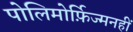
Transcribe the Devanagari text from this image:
पोलिमोर्फ़िज्मनहीं